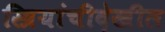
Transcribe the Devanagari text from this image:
स्त्रियांचीदेखील